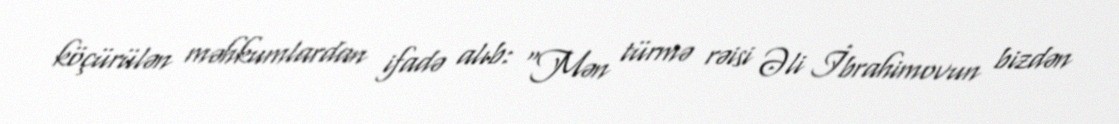
köçürülən məhkumlardan ifadə alıb: “Mən türmə rəisi Əli İbrahimovun bizdən